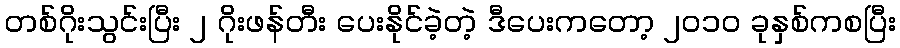
တစ်ဂိုးသွင်းပြီး ၂ ဂိုးဖန်တီး ပေးနိုင်ခဲ့တဲ့ ဒီပေးကတော့ ၂၀၁၀ ခုနှစ်ကစပြီး